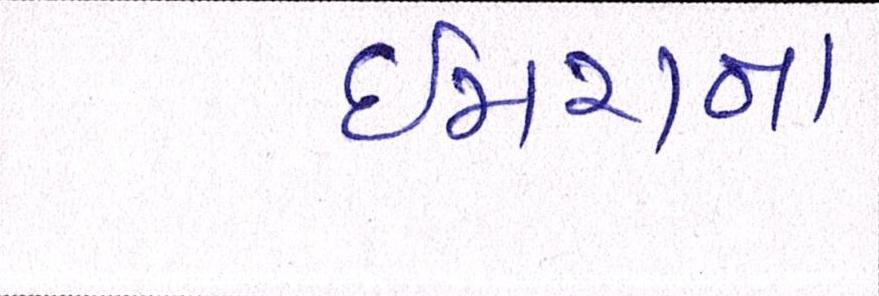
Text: ઈમરાન